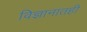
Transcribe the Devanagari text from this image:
विज्ञानातही